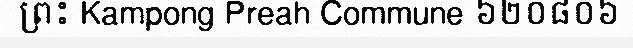
ព្រះ Kampong Preah Commune ៦២០៨០៦